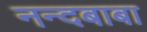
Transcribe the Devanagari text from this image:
नन्दबाबा